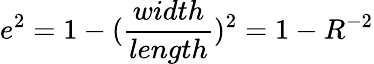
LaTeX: e^{2}=1-(\frac{width}{length})^{2}=1-R^{-2}